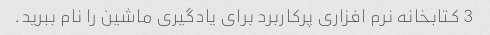
3 کتابخانه نرم افزاری پرکاربرد برای یادگیری ماشین را نام ببرید.